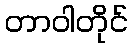
တာဝါတိုင်